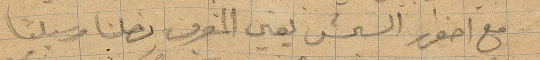
مع اصفرار الشمس يعني المغرب وصلنا مرسيليا